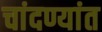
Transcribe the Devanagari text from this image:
चांदण्यांत